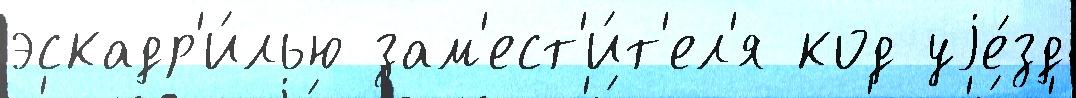
эскадр'и́лью зам'ест'и́т'ел'я код уjе́зд